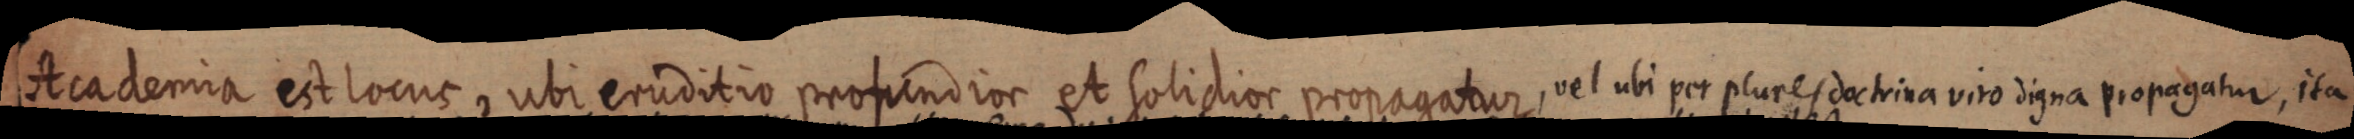
Academia est locus, ubi eruditio propendior et solidior propagatur, vel ubi per plures doctrina viro digna propagatur, ita